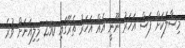
މިސާލަކަށް ފަސް އަހަރު ނޫނީ އެއް އަހަރު ތެރޭގައި 250 މިލިއަނަށް ވުރެ